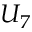
U _ { 7 }